38_143685_box7_Incident_Summaries_1-100
Agency: Department of War
Page 158
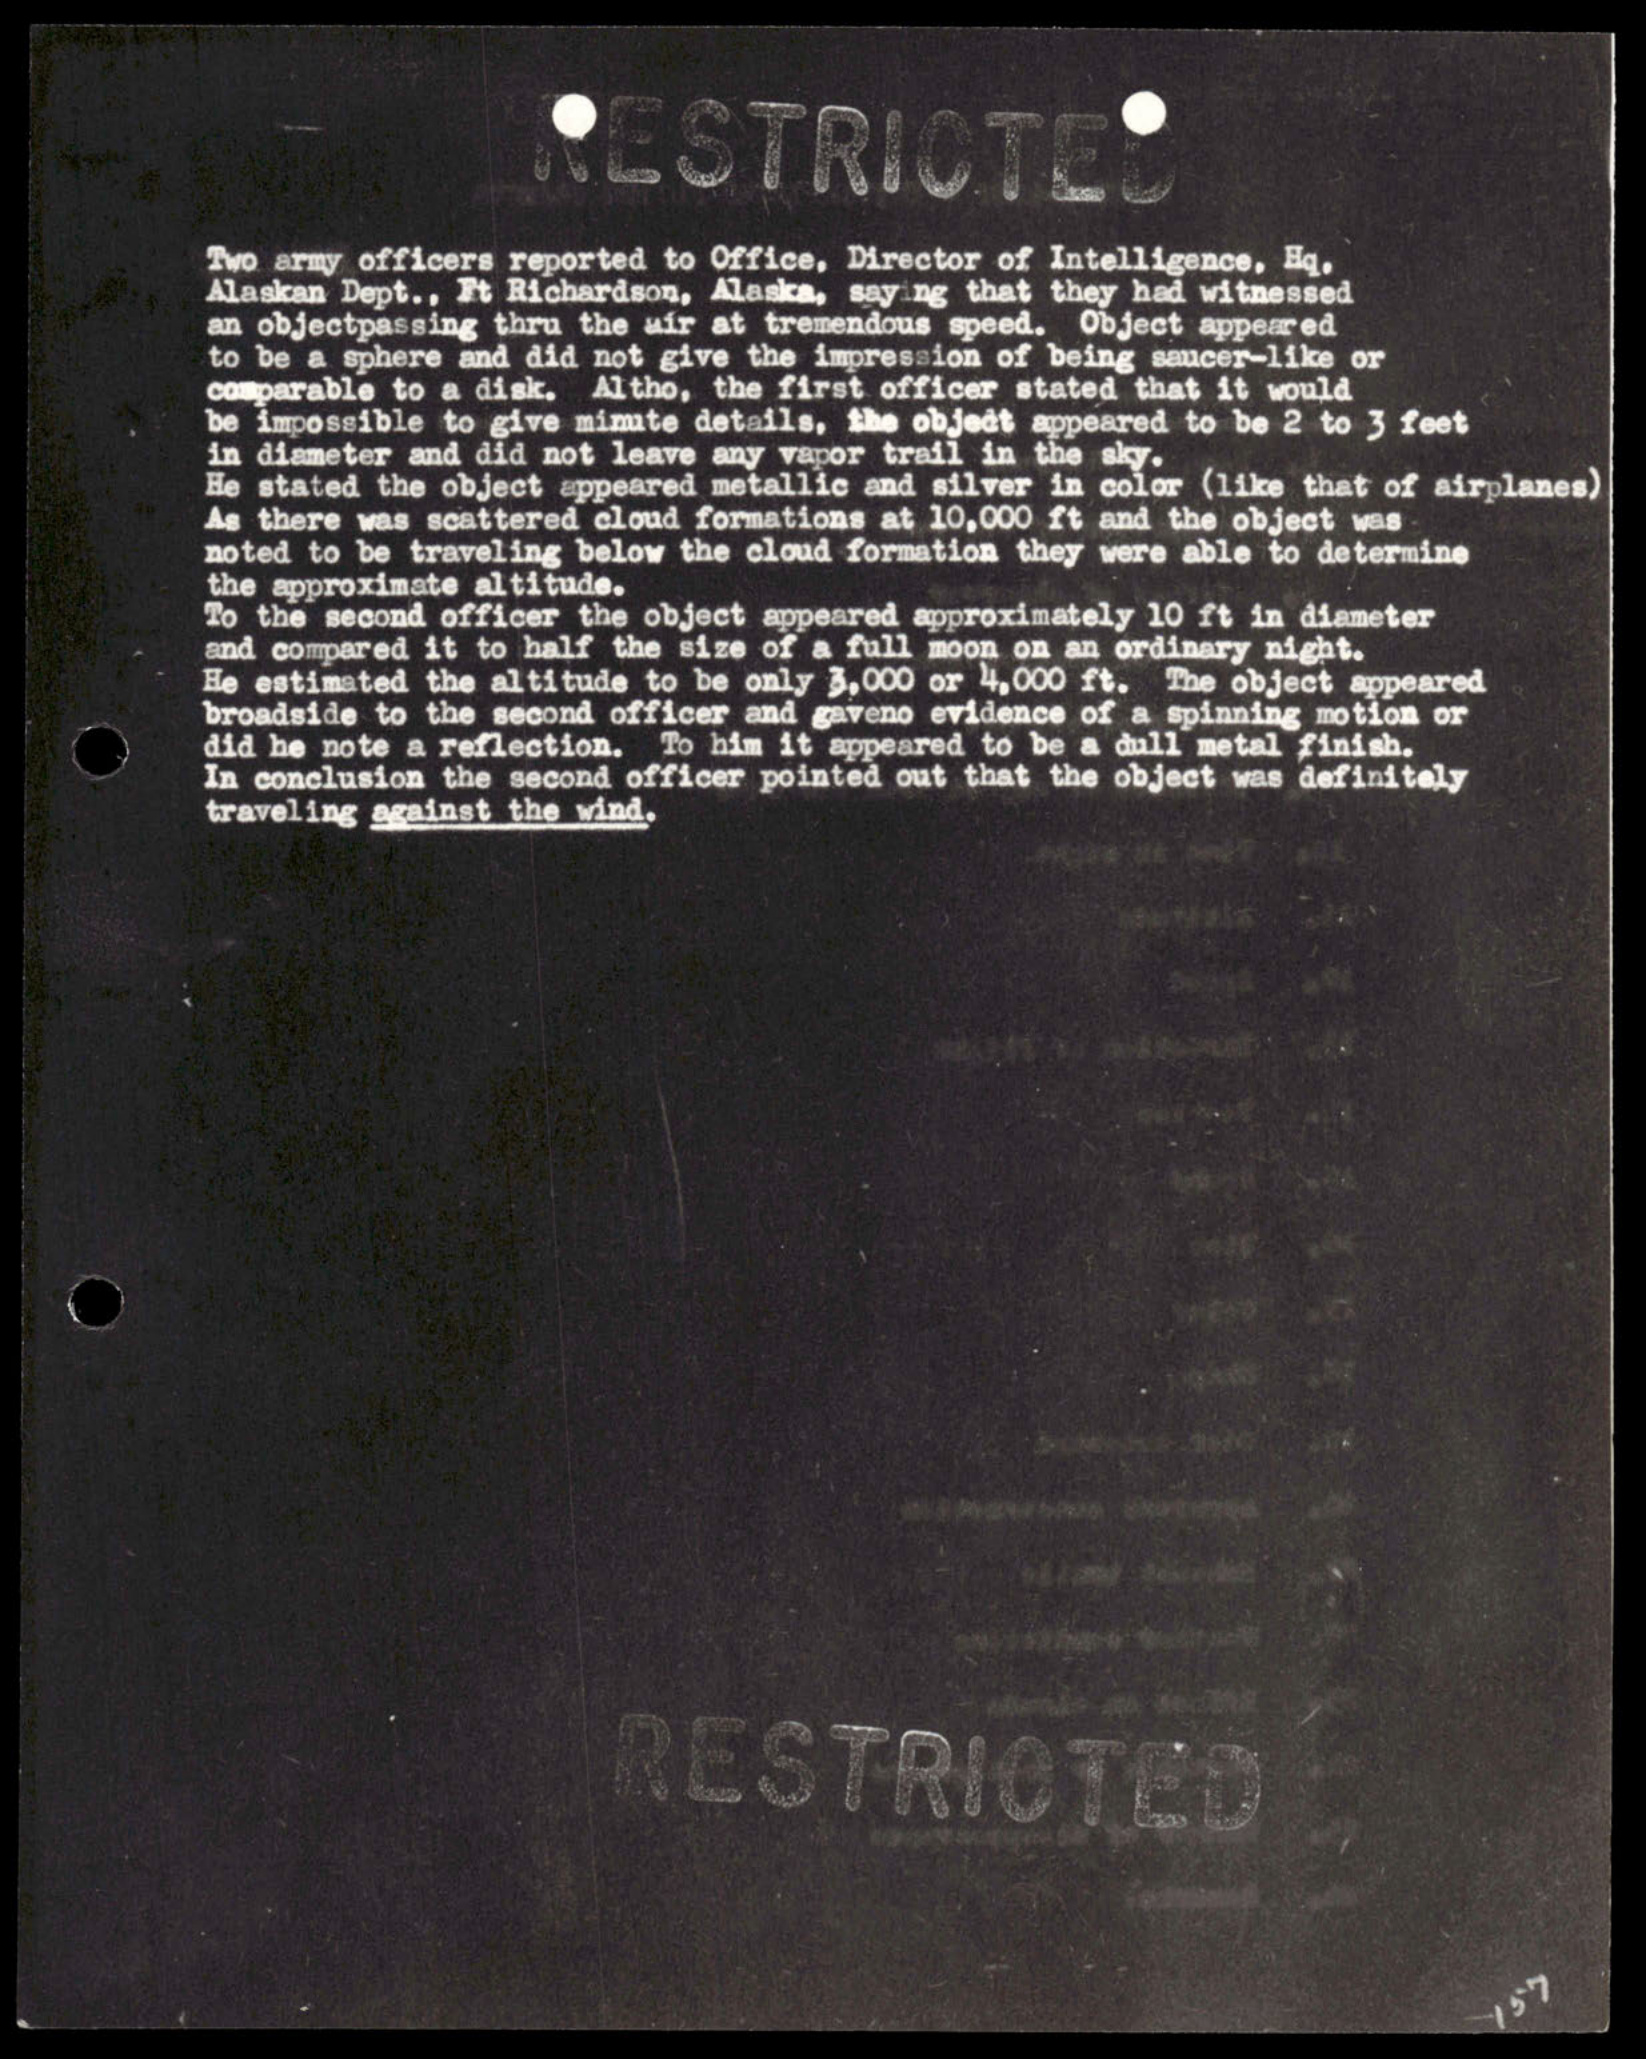